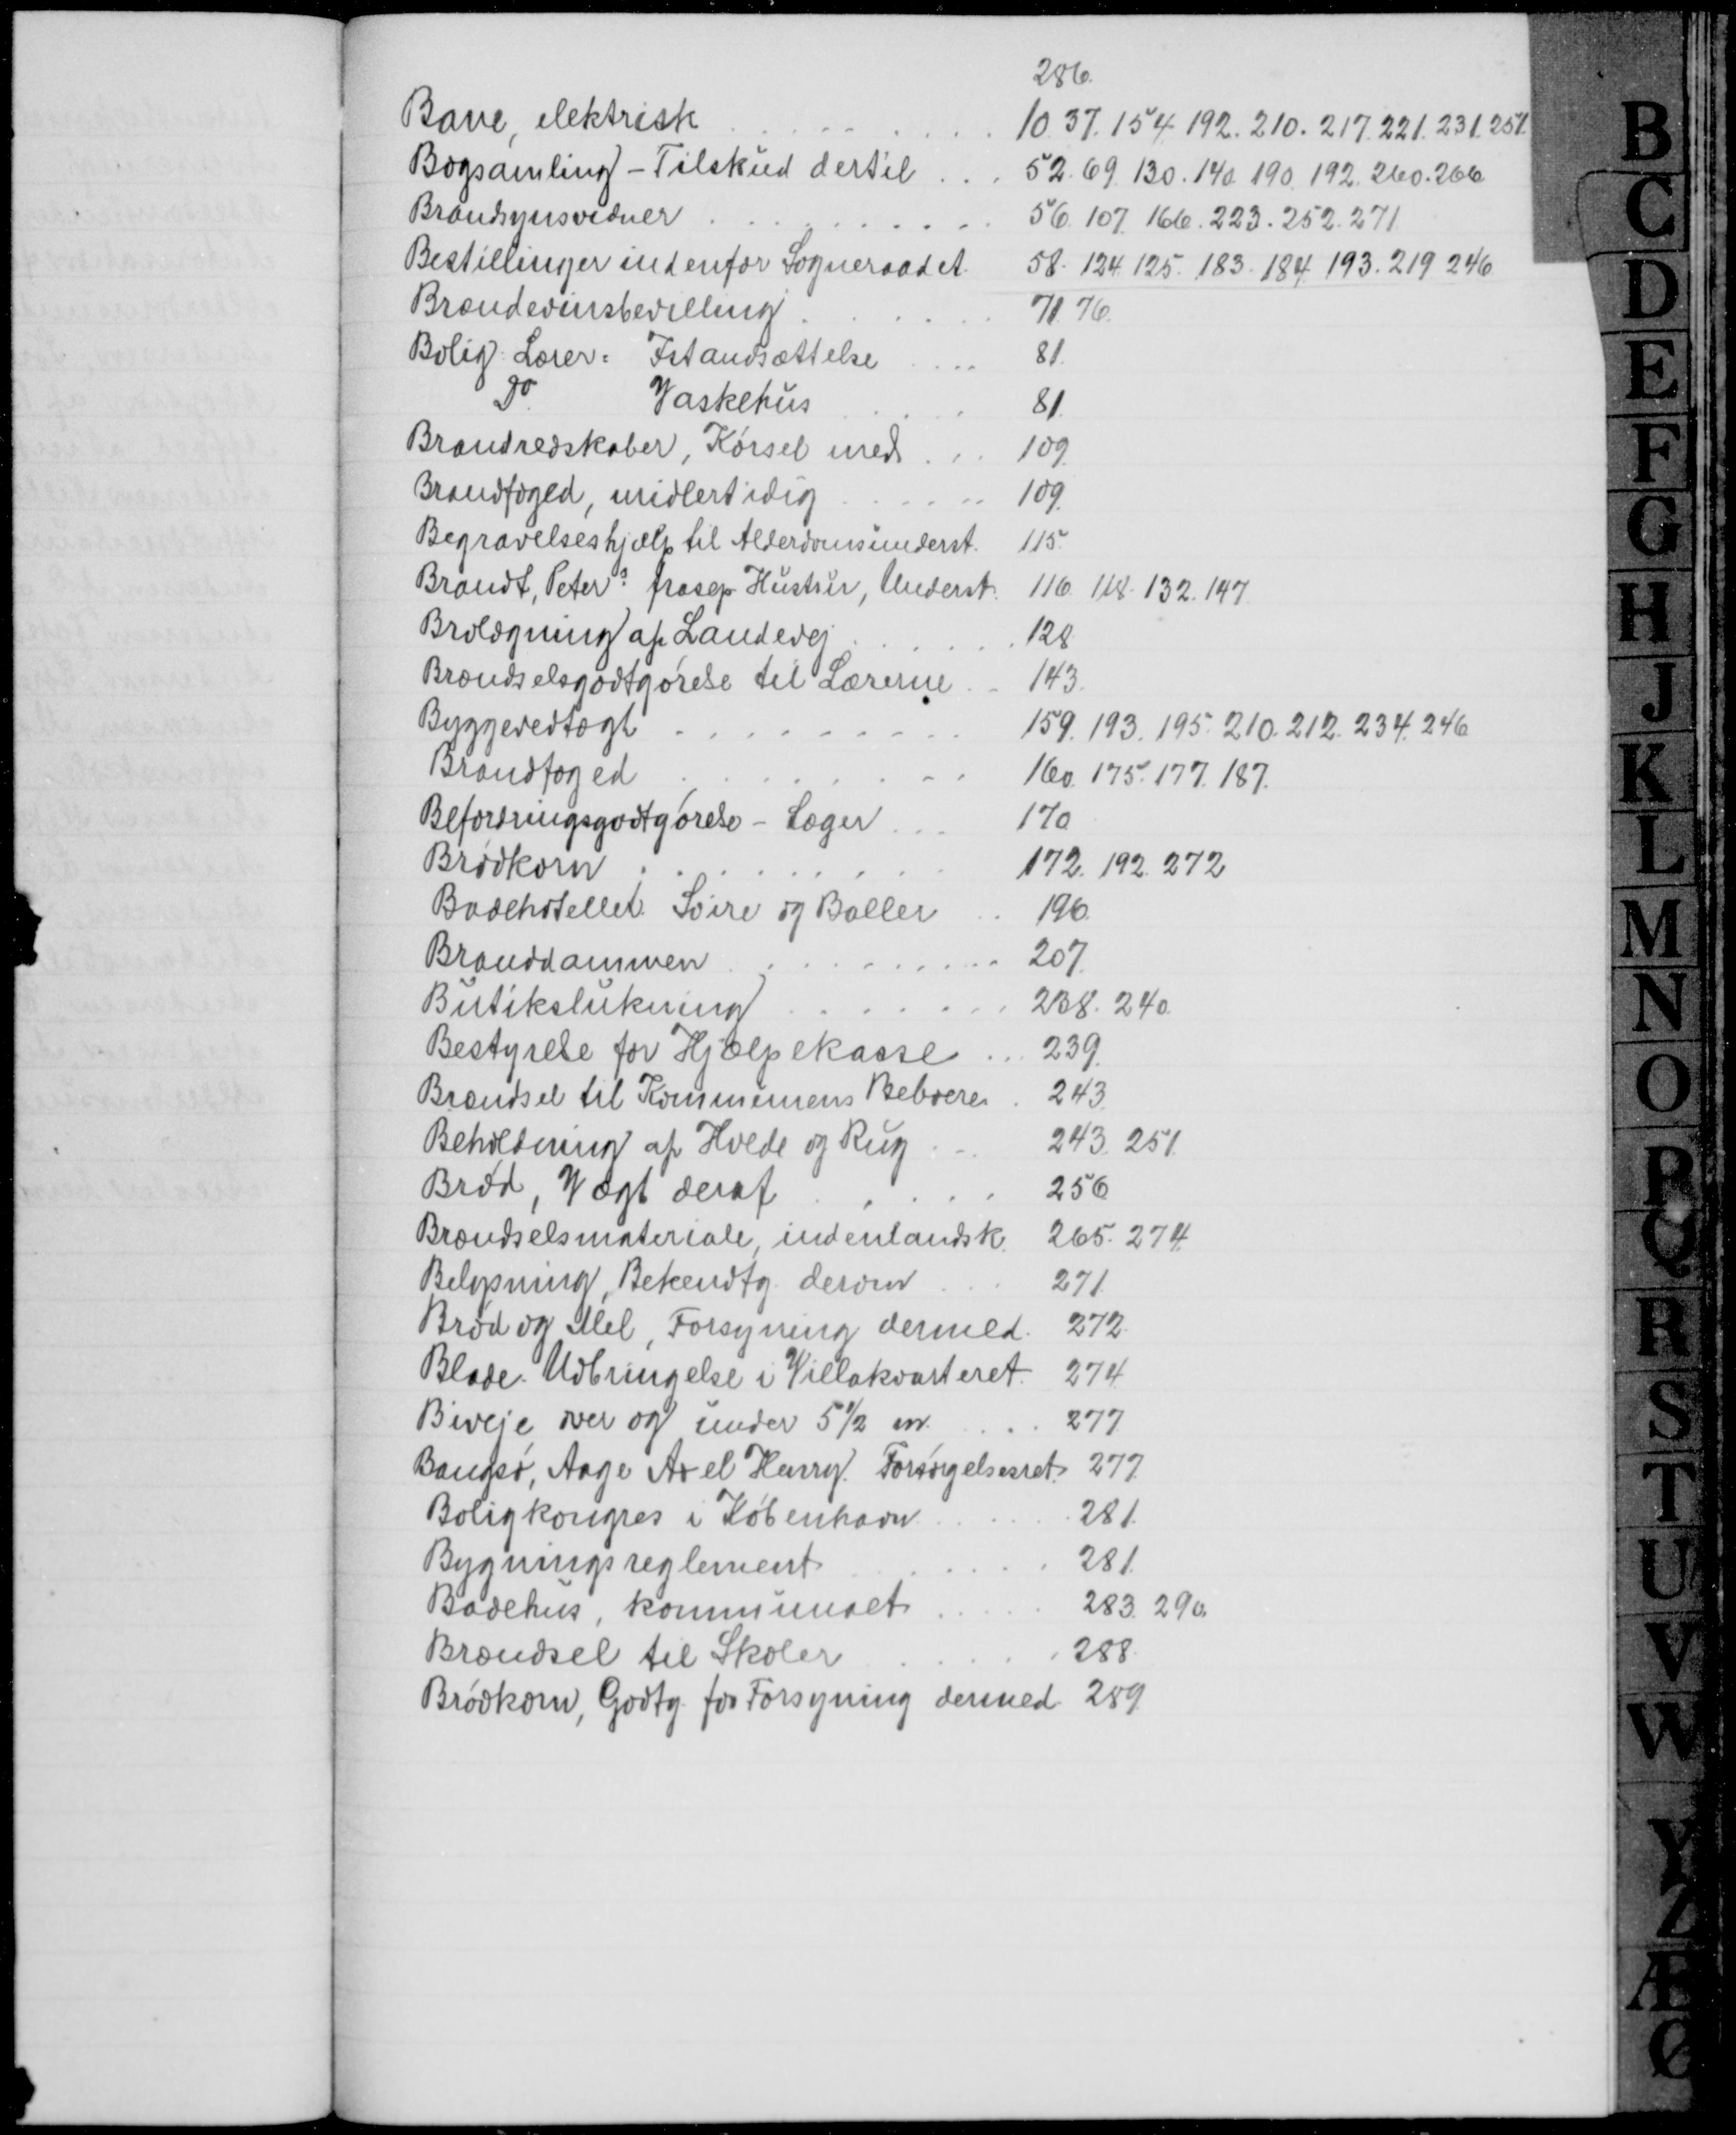
Transskription:
Bane, elektrisk
286.
10. 37. 154. 192. 210. 217. 221. 231. 251
Bogsamling - Tilskud dertil
52. 69. 130. 140. 190. 192. 260. 266
Brandsynsvidner
56. 107. 166. 223. 252. 271
Bestillinger indenfor Sogneraadet
58. 124. 125. 183. 184. 193. 219. 246
Brændevinsbevilling
71. 76
Bolig. Lærer: Istandsættelse
81
Do
Vaskehus
81
Brandredskaber, Kørsel med
109.
Brandfoged, midlertidig
109.
Begravelseshjælp til Alderdomsunderst.
115.
Brandt, Peters frasep Hustru, Underst
116. 118. 132. 147.
Brolægning af Landevej
128
Brændselsgodtgørelse til Lærerne
143
Byggevedtægt
159. 193. 195. 210. 212. 234. 246
Brandfoged
160. 175. 177. 187.
Befordringsgodtgørelse - Læger
170
Brødkorn
172. 192. 272
Badehotellet. Soire og Baller
196
Branddammen
207.
Butikslukning
238. 240
Bestyrelse for Hjælpekasse
239.
Brændsel til Kommunens Beboere
243
Beholdning at Hvede og Rug
243. 251
Brød, Vægt deraf
256
Brændselsmateriale, indenlandsk.
265. 274.
Belysning Bekendtg. derom
271
Brød og Me, Forsyning dermed
272
Blade. Udbringelse i Villakvarteret
274
Biveje over og under 5½ m
277
Bangsø, Aage Axel Henry Forsørgelsesret.
277
Boligkongres i København
281.
Bygningsreglement
281.
Badehus, kommunalt
283. 290.
Brændsel til Skoler
288
Brødkorn, Godtg. for Forsyning dermed 289